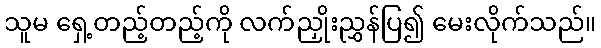
သူမ ရှေ့တည့်တည့်ကို လက်ညှိုးညွှန်ပြ၍ မေးလိုက်သည်။